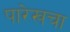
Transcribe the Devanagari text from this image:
पारेखचा